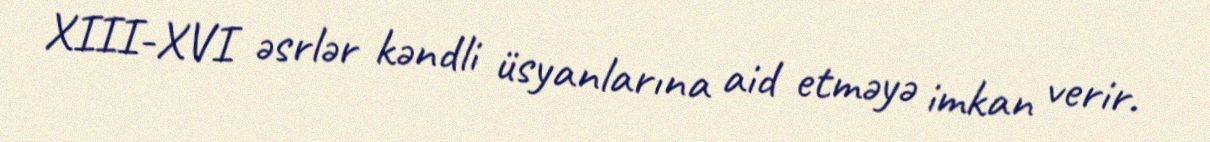
XIII-XVI əsrlər kəndli üsyanlarına aid etməyə imkan verir.